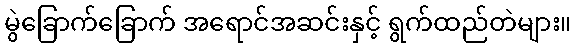
မွဲခြောက်ခြောက် အရောင်အဆင်းနှင့် ရွက်ထည်တဲများ။